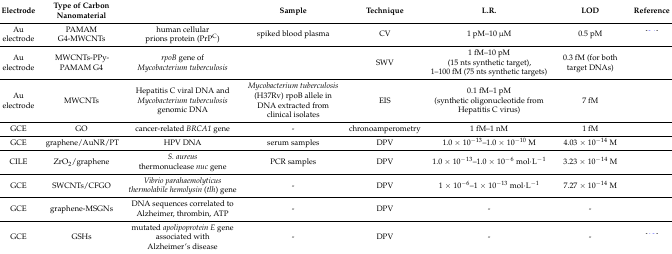
<table><thead><tr><td><b>Electrode</b></td><td><b>Type of Carbon Nanomaterial</b></td><td>[EMPTY_CELL]</td><td><b>Sample</b></td><td><b>Technique</b></td><td><b>L.R.</b></td><td><b>LOD</b></td><td><b>Reference</b></td></tr></thead><tbody><tr><td>Au electrode</td><td>PAMAM G4-MWCNTs</td><td>human cellular prions protein (PrP<sup>C</sup>)</td><td>spiked blood plasma</td><td>CV</td><td>1 pM–10 μM</td><td>0.5 pM</td><td>[EMPTY_CELL]</td></tr><tr><td>Au electrode</td><td>MWCNTs-PPy-PAMAM G4</td><td><i>rpoB</i> gene of <i>Mycobacterium tuberculosis</i></td><td>[EMPTY_CELL]</td><td>SWV</td><td>1 fM–10 pM (15 nts synthetic target), 1–100 fM (75 nts synthetic targets)</td><td>0.3 fM (for both target DNAs)</td><td>[EMPTY_CELL]</td></tr><tr><td>Au electrode</td><td>MWCNTs</td><td>Hepatitis C viral DNA and <i>Mycobacterium tuberculosis</i> genomic DNA</td><td><i>Mycobacterium tuberculosis</i> (H37Rv) rpoB allele in DNA extracted from clinical isolates</td><td>EIS</td><td>0.1 fM–1 pM (synthetic oligonucleotide from Hepatitis C virus)</td><td>7 fM</td><td>[EMPTY_CELL]</td></tr><tr><td>GCE</td><td>GO</td><td>cancer-related <i>BRCA1</i> gene</td><td>-</td><td>chronoamperometry</td><td>1 fM–1 nM</td><td>1 fM</td><td>[EMPTY_CELL]</td></tr><tr><td>GCE</td><td>graphene/AuNR/PT</td><td>HPV DNA</td><td>serum samples</td><td>DPV</td><td>1.0 × 10<sup>−13</sup>–1.0 × 10<sup>−10</sup> M</td><td>4.03 × 10<sup>−14</sup> M</td><td>[EMPTY_CELL]</td></tr><tr><td>CILE</td><td>ZrO<sub>2</sub>/graphene</td><td><i>S. aureus</i> thermonuclease <i>nuc</i> gene</td><td>PCR samples</td><td>DPV</td><td>1.0 × 10<sup>−</sup><sup>13</sup>–1.0 × 10<sup>−</sup><sup>6</sup> mol·L<sup>−</sup><sup>1</sup></td><td>3.23 × 10<sup>−</sup><sup>14</sup> M</td><td>[EMPTY_CELL]</td></tr><tr><td>GCE</td><td>SWCNTs/CFGO</td><td><i>Vibrio parahaemolyticus thermolabile hemolysin</i> (<i>tlh</i>) gene</td><td>-</td><td>DPV</td><td>1 × 10<sup>−6</sup>–1 × 10<sup>−13</sup> mol·L<sup>−1</sup></td><td>7.27 × 10<sup>−14</sup> M</td><td>[EMPTY_CELL]</td></tr><tr><td>GCE</td><td>graphene-MSGNs</td><td>DNA sequences correlated to Alzheimer, thrombin, ATP</td><td>-</td><td>DPV</td><td>-</td><td>-</td><td>[EMPTY_CELL]</td></tr><tr><td>GCE</td><td>GSHs</td><td>mutated <i>apolipoprotein E</i> gene associated with Alzheimer’s disease</td><td>-</td><td>DPV</td><td>-</td><td>-</td><td>[EMPTY_CELL]</td></tr></tbody></table>